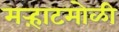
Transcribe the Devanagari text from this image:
मऱ्हाटमोळी